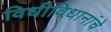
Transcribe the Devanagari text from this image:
विधीविधानांचे